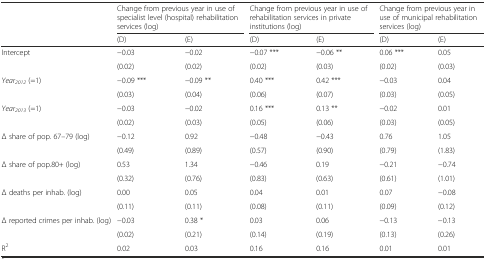
<table><thead><tr><td></td><td colspan="2"><b>Change from previous year in use of specialist level (hospital) rehabilitation services (log)</b></td><td colspan="2"><b>Change from previous year in use of rehabilitation services in private institutions (log)</b></td><td colspan="2"><b>Change from previous year in use of municipal rehabilitation services (log)</b></td></tr><tr><td></td><td><b>(D)</b></td><td><b>(E)</b></td><td><b>(D)</b></td><td><b>(E)</b></td><td><b>(D)</b></td><td><b>(E)</b></td></tr></thead><tbody><tr><td rowspan="2">Intercept</td><td>−0.03</td><td>−0.02</td><td>−0.07 ***</td><td>−0.06 **</td><td>0.06 ***</td><td>0.05</td></tr><tr><td>(0.02)</td><td>(0.02)</td><td>(0.02)</td><td>(0.03)</td><td>(0.02)</td><td>(0.03)</td></tr><tr><td rowspan="2"><i>Year</i><sub><i>2012</i></sub> (=1)</td><td>−0.09 ***</td><td>−0.09 **</td><td>0.40 ***</td><td>0.42 ***</td><td>−0.03</td><td>0.04</td></tr><tr><td>(0.03)</td><td>(0.04)</td><td>(0.06)</td><td>(0.07)</td><td>(0.03)</td><td>(0.05)</td></tr><tr><td rowspan="2"><i>Year</i><sub><i>2013</i></sub> (=1)</td><td>−0.03</td><td>−0.02</td><td>0.16 ***</td><td>0.13 **</td><td>−0.02</td><td>0.01</td></tr><tr><td>(0.02)</td><td>(0.03)</td><td>(0.05)</td><td>(0.06)</td><td>(0.03)</td><td>(0.05)</td></tr><tr><td rowspan="2">Δ share of pop. 67–79 (log)</td><td>−0.12</td><td>0.92</td><td>−0.48</td><td>−0.43</td><td>0.76</td><td>1.05</td></tr><tr><td>(0.49)</td><td>(0.89)</td><td>(0.57)</td><td>(0.90)</td><td>(0.79)</td><td>(1.83)</td></tr><tr><td rowspan="2">Δ share of pop.80+ (log)</td><td>0.53</td><td>1.34</td><td>−0.46</td><td>0.19</td><td>−0.21</td><td>−0.74</td></tr><tr><td>(0.32)</td><td>(0.76)</td><td>(0.83)</td><td>(0.63)</td><td>(0.61)</td><td>(1.01)</td></tr><tr><td rowspan="2">Δ deaths per inhab. (log)</td><td>0.00</td><td>0.05</td><td>0.04</td><td>0.01</td><td>0.07</td><td>−0.08</td></tr><tr><td>(0.11)</td><td>(0.11)</td><td>(0.08)</td><td>(0.11)</td><td>(0.09)</td><td>(0.12)</td></tr><tr><td rowspan="2">Δ reported crimes per inhab. (log)</td><td>−0.03</td><td>0.38 *</td><td>0.03</td><td>0.06</td><td>−0.13</td><td>−0.13</td></tr><tr><td>(0.02)</td><td>(0.21)</td><td>(0.14)</td><td>(0.19)</td><td>(0.13)</td><td>(0.26)</td></tr><tr><td>R<sup>2</sup></td><td>0.02</td><td>0.03</td><td>0.16</td><td>0.16</td><td>0.01</td><td>0.01</td></tr></tbody></table>